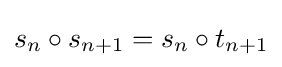
s_{n}\circ s_{n+1}=s_{n}\circ t_{n+1}